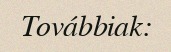
Továbbiak: